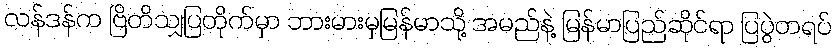
လန်ဒန်က ဗြိတိသျှပြတိုက်မှာ ဘားမားမှမြန်မာသို့ အမည်နဲ့ မြန်မာပြည်ဆိုင်ရာ ပြပွဲတရပ်